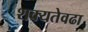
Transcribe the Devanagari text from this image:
शक्यतेवढा